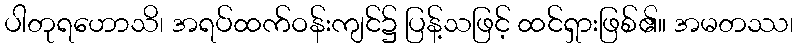
ပါတုရဟောသိ၊ အရပ်ထက်ဝန်းကျင်၌ ပြန့်သဖြင့် ထင်ရှားဖြစ်၏။ အမတဿ၊